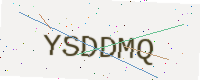
Text: YSDDMQ